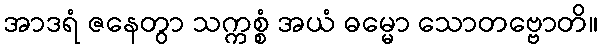
အာဒရံ ဇနေတွာ သက္ကစ္စံ အယံ ဓမ္မော သောတဗ္ဗောတိ။